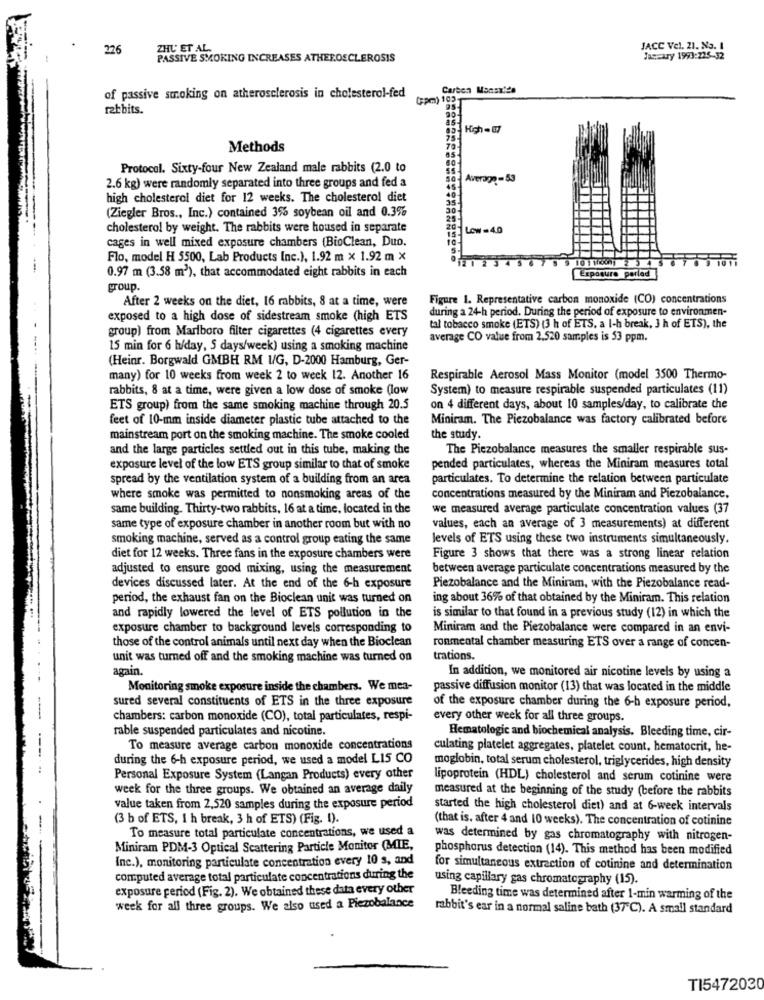
226
ZHU ET AL
JACC Vel. 21. No. 1
PASSIVE SMOKING INCREASES ATHEROSCLEROSIS
Jaszaury 1993:225-32
Carton Manaxide
of passive smoking on atherosclerosis in cholesterol-fed
(Pm) 102
rabbits.
High -87
Methods
Protocol. Sixty-four New Zealand male rabbits (2.0 to
Average - 53
2.6 kg) were randomly separated into three groups and fed a
high cholesterol diet for 12 weeks. The cholesterol diet
(Ziegler Bros ., Inc.) contained 3% soybean oil and 0.3%
cholesterol by weight. The rabbits were housed in separate
Low-4.0
cages in well mixed exposure chambers (BioClean, Duo.
Flo, model H 5500, Lab Products Inc.), 1.92 m x 1.92 m X
0.97 m (3.58 m3), that accommodated eight rabbits in each
Exposure porlad
group.
After 2 weeks on the diet, 16 rabbits, 8 at a time, were
Figure 1. Representative carbon monoxide (CO) concentrations
during a 24-h period. During the period of exposure to environmen-
exposed to a high dose of sidestream smoke (high ETS
group) from Marlboro filter cigarettes (4 cigarettes every
tal tobacco smoke (ETS) (3 h of ETS, a I-h break, J h of ETS), the
average CO value from 2,520 samples is 53 ppm.
15 min for 6 h/day, S days/week) using a smoking machine
(Heinr. Borgwald GMBH RM 1/G, D-2000 Hamburg, Ger-
many) for 10 weeks from week 2 to week 12. Another 16
Respirable Aerosol Mass Monitor (model 3500 Thermo-
rabbits, 8 at a time, were given a low dose of smoke (low
System) to measure respirable suspended particulates (11)
ETS group) from the same smoking machine through 20.5
on 4 different days, about 10 samples/day, to calibrate the
feet of 10-mm inside diameter plastic tube attached to the
Miniram. The Piezobalance was factory calibrated before
mainstream port on the smoking machine. The smoke cooled
the study.
and the large particles settled out in this tube, making the
The Piezobalance measures the smaller respirable sus-
exposure level of the low ETS group similar to that of smoke
pended particulates, whereas the Miniram measures total
spread by the ventilation system of a building from an area
particulates. To determine the relation between particulate
where smoke was permitted to nonsmoking areas of the
concentrations measured by the Miniram and Piezobalance.
same building. Thirty-two rabbits, 16 at a time, located in the
we measured average particulate concentration values (37
same type of exposure chamber in another room but with no
values, each an average of 3 measurements) at different
smoking machine, served as a control group eating the same
levels of ETS using these two instruments simultaneously.
diet for 12 weeks. Three fans in the exposure chambers were
Figure 3 shows that there was a strong linear relation
adjusted to ensure good mixing, using the measurement
between average particulate concentrations measured by the
devices discussed later. At the end of the 6-h exposure
Piezobalance and the Miniram, with the Piezobalance read-
period, the exhaust fan on the Bioclean unit was turned on
ing about 36% of that obtained by the Miniram. This relation
and rapidly lowered the level of ETS pollution in the
is similar to that found in a previous study (12) in which the
exposure chamber to background levels corresponding to
Miniram and the Piezobalance were compared in an envi-
those of the control animals until next day when the Bioclean
ronmental chamber measuring ETS over a range of concen-
unit was turned off and the smoking machine was turned on
trations.
again.
In addition, we monitored air nicotine levels by using a
Monitoring smoke exposure inside the chambers. We mea-
passive diffusion monitor (13) that was located in the middle
sured several constituents of ETS in the three exposure
of the exposure chamber during the 6-h exposure period,
--
chambers: carbon monoxide (CO), total particulates, respi-
every other week for all three groups.
rable suspended particulates and nicotine.
Hematologic and biochemical analysis. Bleeding time, cir-
To measure average carbon monoxide concentrations
culating platelet aggregates, platelet count, hematocrit, he-
during the 6-h exposure period, we used a model L15 CO
moglobin, total serum cholesterol, triglycerides, high density
--...
Personal Exposure System (Langan Products) every other
lipoprotein (HDL) cholesterol and serum cotinine were
week for the three groups. We obtained an average daily
measured at the beginning of the study (before the rabbits
value taken from 2,520 samples during the exposure period
started the high cholesterol diet) and at 6-week intervals
(3 b of ETS, 1 h break, 3 h of ETS) (Fig. 1).
(that is. after 4 and 10 weeks). The concentration of cotinine
To measure total particulate concentrations, we used a
was determined by gas chromatography with nitrogen-
Miniram PDM-3 Optical Scattering Particle Monitor (MIE,
phosphorus detection (14). This method has been modified
Inc.), monitoring particulate concentration every 10 s, and
for simultaneous extraction of cotinine and determination
computed average total particulate concentrations during the
using capillary gas chromatography (15).
exposure period (Fig. 2). We obtained these data every other
Bleeding time was determined after 1-min warming of the
week for all three groups. We also used a Piezobalance
rabbit's ear in a normal saline bath (37℃). A small standard
TI5472030